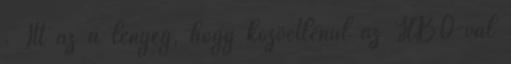
. Itt az a lényeg, hogy közvetlenül az HBO-val